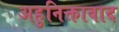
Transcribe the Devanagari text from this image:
अहुनिक्तावाद